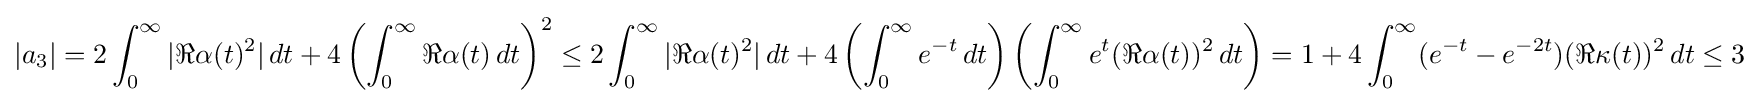
\displaystyle {|a_{3}|=2\int _{0}^{\infty }|\Re \alpha (t)^{2}|\,dt+4\left(\int _{0}^{\infty }\Re \alpha (t)\,dt\right)^{2}}\leq 2\int _{0}^{\infty }|\Re \alpha (t)^{2}|\,dt+4\left(\int _{0}^{\infty }e^{-t}\,dt\right)\left(\int _{0}^{\infty }e^{t}(\Re \alpha (t))^{2}\,dt\right)=1+4\int _{0}^{\infty }(e^{-t}-e^{-2t})(\Re \kappa (t))^{2}\,dt\leq 3